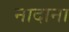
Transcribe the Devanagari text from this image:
नादाना